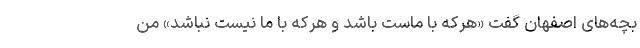
بچه‌های اصفهان گفت «هرکه با ماست باشد و هرکه با ما نیست نباشد» من